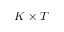
K \times T